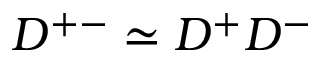
D ^ { + - } \simeq D ^ { + } D ^ { - }